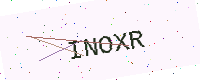
Text: INOXR